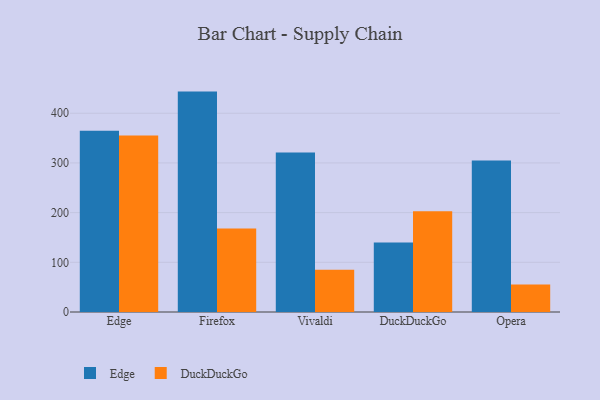
{"axis": {"x": "Browser", "y": "Active Users"}, "legend": ["DuckDuckGo", "Edge"], "data": [{"x": "Edge", "y": 365.0, "type": "Edge"}, {"x": "Edge", "y": 355.4, "type": "DuckDuckGo"}, {"x": "Firefox", "y": 443.6, "type": "Edge"}, {"x": "Firefox", "y": 168.3, "type": "DuckDuckGo"}, {"x": "Vivaldi", "y": 320.8, "type": "Edge"}, {"x": "Vivaldi", "y": 85.0, "type": "DuckDuckGo"}, {"x": "DuckDuckGo", "y": 139.7, "type": "Edge"}, {"x": "DuckDuckGo", "y": 202.9, "type": "DuckDuckGo"}, {"x": "Opera", "y": 304.8, "type": "Edge"}, {"x": "Opera", "y": 55.4, "type": "DuckDuckGo"}]}